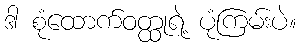
ဒါ စုံထောက်ဝတ္ထုရဲ့ ပုံကြမ်းပဲ။